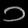
Digit: ၁